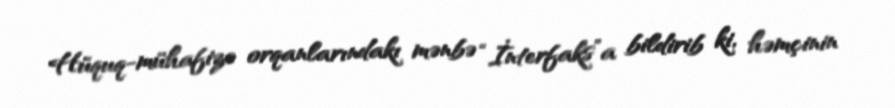
Hüquq-mühafizə orqanlarındakı mənbə “İnterfaks”a bildirib ki, həmçinin